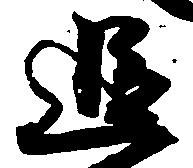
追